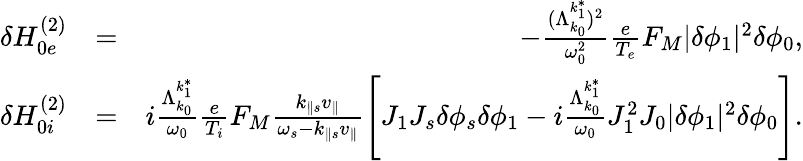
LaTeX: \begin{array}{rlr}{\delta H_{0e}^{(2)}}&{=}&{-\frac{(\Lambda_{k_{0}}^{k_{1}^{*}})^{2}}{\omega_{0}^{2}}\frac{e}{T_{e}}F_{M}\lvert\delta\phi_{1}\rvert^{2}\delta\phi_{0},}\\ {\delta H_{0i}^{(2)}}&{=}&{i\frac{\Lambda_{k_{0}}^{k_{1}^{*}}}{\omega_{0}}\frac{e}{T_{i}}F_{M}\frac{k_{\parallel s}v_{\parallel}}{\omega_{s}-k_{\parallel s}v_{\parallel}}\left[J_{1}J_{s}\delta\phi_{s}\delta\phi_{1}-i\frac{\Lambda_{k_{0}}^{k_{1}^{*}}}{\omega_{0}}J_{1}^{2}J_{0}\lvert\delta\phi_{1}\rvert^{2}\delta\phi_{0}\right].}\end{array}